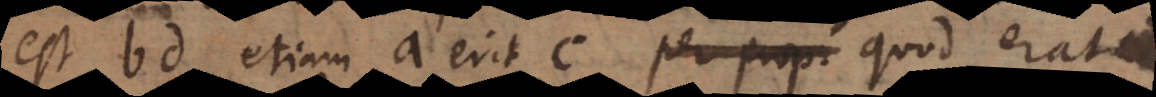
est bd etiam a erit c quod erat